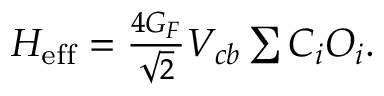
\begin{array} { r } { { \cal H } _ { \mathrm { e f f } } = \frac { 4 G _ { F } } { \sqrt { 2 } } V _ { c b } \sum C _ { i } { \cal O } _ { i } . } \end{array}